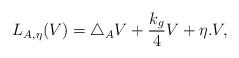
LaTeX: \begin{align*}L_{A,\eta}(V)=\triangle_{A}V+\frac{k_{g}}{4}V+\eta .V,\end{align*}